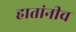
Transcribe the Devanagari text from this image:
हातांनीच